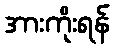
အားကိုးရန်